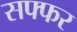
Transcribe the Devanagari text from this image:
सफ्फर